Civil Veterinary Dept. Bombay admin report 1900-1906 - 1900-1906
Year: 1900
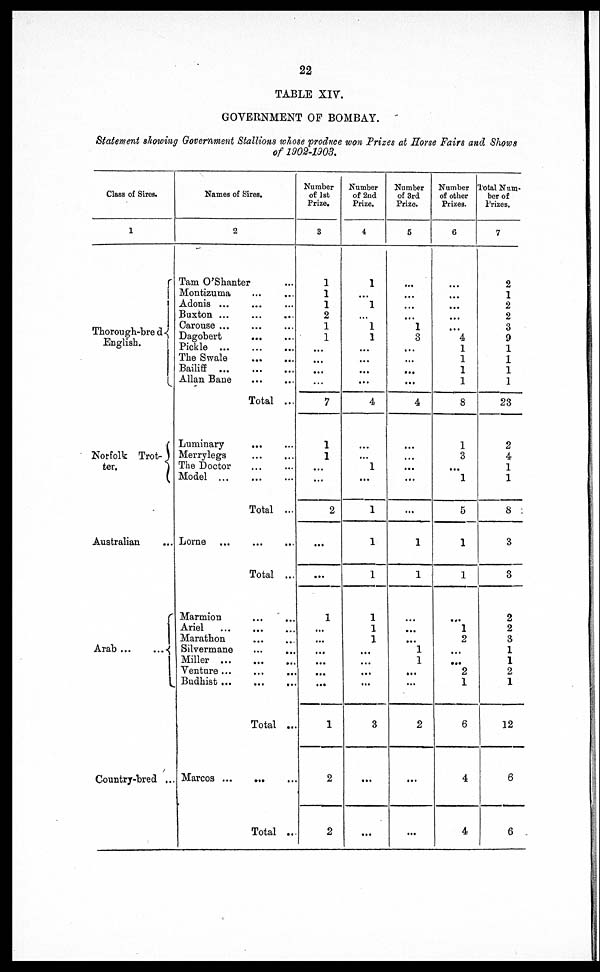
22
TABLE XIV.
GOVERNMENT OF BOMBAY.
Statement showing Government Stallions whose produce won Prizes at Horse Fairs and Shows
of 1902-1903.
Class of Sires.
1
Thorough-bred
English.
Norfolk Trot-
ter.
Australian …
Arab … …
Country-bred …
Names of Sires.
2
Tam O'Shanter …
Montizuma … …
Adonis ... … …
Buxton ... … …
Carouse ... … …
Dagobert … …
Pickle … … …
The Swale … …
Bailiff … … …
Allan Bane … …
Total ...
Luminary … …
Merrylegs … …
The Doctor … …
Model … … …
Total ...
Lorne … … …
Total ...
Marmion … …
Ariel … … …
Marathon … … …
Silvermane … …
Miller … … …
Venture...
... …
Budhist ...
...
...
Total ..
Marcos ... … …
Total ..
Number
of 1st
Prize.
3
1
1
1
2
1
1
…
…
…
...
7
1
1
...
...
2
...
...
1
…
…
…
…
…
…
1
2
2
Number
of 2nd
Prize.
4
1
...
1
...
1
1
…
…
...
...
4
…
...
1
...
1
1
1
1
1
1
…
…
...
...
3
...
...
Number
of 3rd
Prize.
5
…
…
…
…
1 3
…
…
…
…
4
…
…
...
...
...
1
1
…
...
…
1
1
...
...
2
...
...
Number
of other
Prizes.
6
…
…
…
…
…
4
1
1
1
1
8
1
3
…
1
5
1
1
…
1
2
...
…
2
1
6
4
4
Total Num-
ber of
Prizes.
7
2
1
2
2
3
9
1
1
1
1
23
2
4
1
1
8
3
3
2
2
3
1
1
2
1
12
6
6